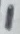
Text: 1